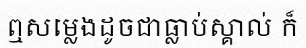
ឮសម្លេងដូចជាធ្លាប់ស្គាល់ ក៏